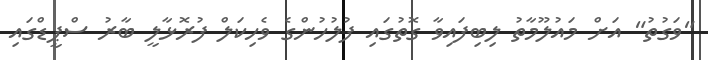
"ވަގުތު" އަށް މައުލޫމާތު ލިބިފައިވާ ގޮތުގައި ފުލުހުންގެ ވެހިކަލް ފުރޮޅާލީ ބާރު ސްޕީޑްގައި